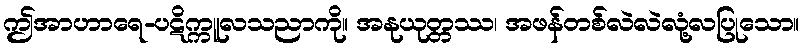
ဤအာဟာရေ-ပဋိက္ကူလသညာကို။ အနုယုတ္တဿ၊ အဖန်တစ်လဲလဲလုံ့လပြုသော။